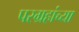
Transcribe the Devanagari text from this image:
परग्रहांच्या